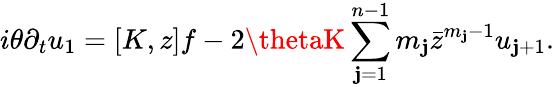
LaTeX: i\theta\partial_{t}u_{1}=[K,z]f-2\thetaK\sum_{\mathbf{j}=1}^{n-1}m_{\mathbf{j}}\bar{{z}}^{m_{\mathbf{j}}-1}u_{\mathbf{j}+1}.